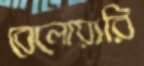
বেলোয়ারি